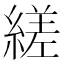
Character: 縒